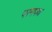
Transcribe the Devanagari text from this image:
परमपथ